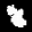
Label: 8